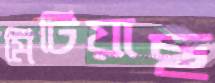
মিটিয়াছ